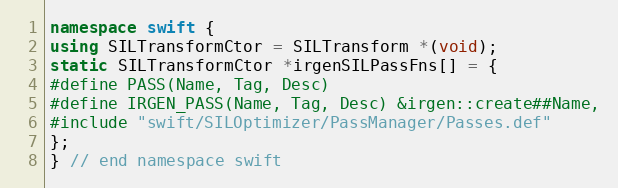
Language: C++
namespace swift {
using SILTransformCtor = SILTransform *(void);
static SILTransformCtor *irgenSILPassFns[] = {
#define PASS(Name, Tag, Desc)
#define IRGEN_PASS(Name, Tag, Desc) &irgen::create##Name,
#include "swift/SILOptimizer/PassManager/Passes.def"
};
} // end namespace swift